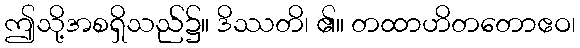
ဤသို့အစရှိသည်၌။ ဒိဿတိ၊ ၏။ တထာဟိတတောဧဝ၊